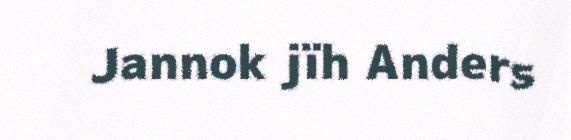
Jannok jïh Anders